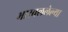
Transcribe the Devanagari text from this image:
भारवललेल्या